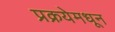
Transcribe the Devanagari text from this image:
प्रक्रयेमधून